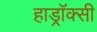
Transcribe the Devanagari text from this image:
हाड्रॉक्सी